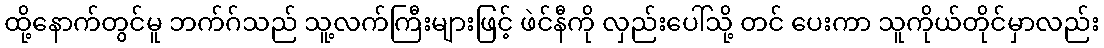
ထို့နောက်တွင်မူ ဘက်ဂ်သည် သူ့လက်ကြီးများဖြင့် ဖဲင်နီကို လှည်းပေါ်သို့ တင် ပေးကာ သူကိုယ်တိုင်မှာလည်း